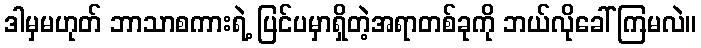
ဒါမှမဟုတ် ဘာသာစကားရဲ့ ပြင်ပမှာရှိတဲ့အရာတစ်ခုကို ဘယ်လိုခေါ်ကြမလဲ။